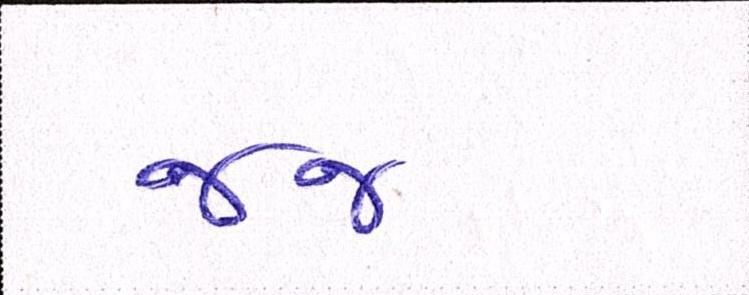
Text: જજ